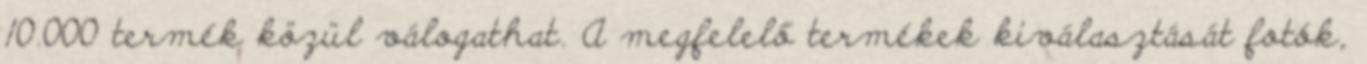
10.000 termék közül válogathat. A megfelelő termékek kiválasztását fotók,